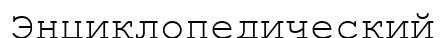
Энциклопедический